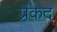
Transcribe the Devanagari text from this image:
प्रंकद